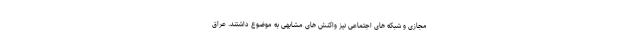
مجازی و شبکه های اجتماعی نیز واکنش های مشابهی به موضوع داشتند. عراق